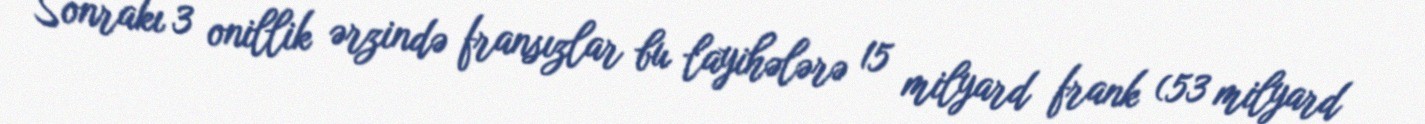
Sonrakı 3 onillik ərzində fransızlar bu layihələrə 15 milyard frank (53 milyard